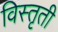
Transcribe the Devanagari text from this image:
विस्तृती